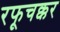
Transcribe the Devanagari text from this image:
रफूचक्कर